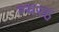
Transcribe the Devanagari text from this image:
ग्यरह